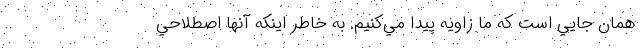
همان جايي است كه ما زاويه پيدا مي‌كنيم. به خاطر اينكه آنها اصطلاحي